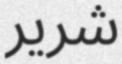
شرير